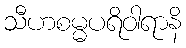
သီဟစမ္မပရိဝါရာနိ